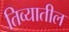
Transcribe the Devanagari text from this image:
तिव्यातील